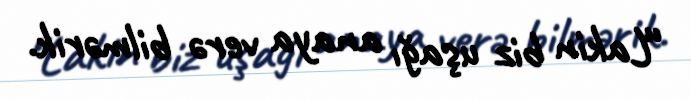
“Lakin biz uşağı anaya verə bilmərik.